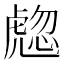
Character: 𧇰